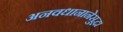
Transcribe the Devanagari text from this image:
अनवधानानेसुद्धा